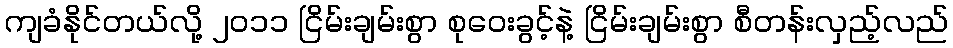
ကျခံနိုင်တယ်လို့ ၂၀၁၁ ငြိမ်းချမ်းစွာ စုဝေးခွင့်နဲ့ ငြိမ်းချမ်းစွာ စီတန်းလှည့်လည်